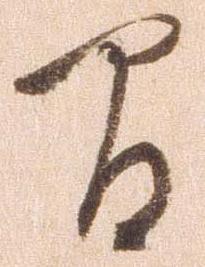
間